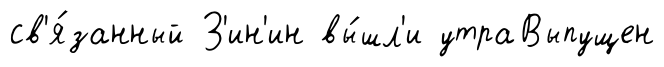
св'я́занный З'ин'ин вы́шл'и утраВыпущен